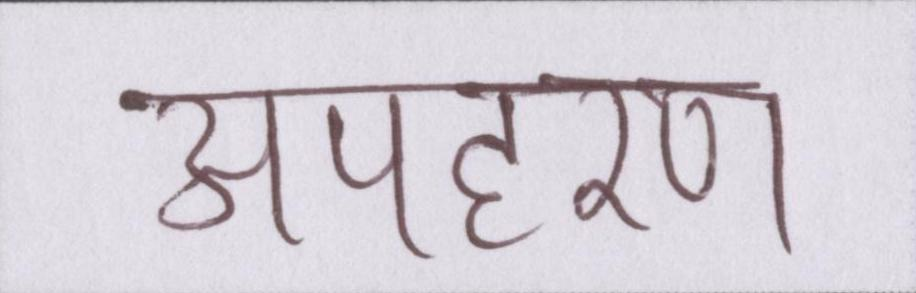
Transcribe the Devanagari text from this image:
अपहरण